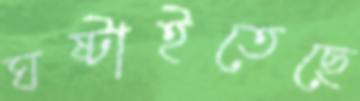
ঘষ্‌টাইতেছে